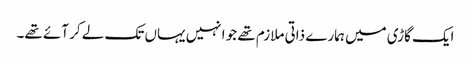
ایک گاڑی میں ہمارے ذاتی ملازم تھے جو انہیں یہاں تک لے کر آئے تھے۔